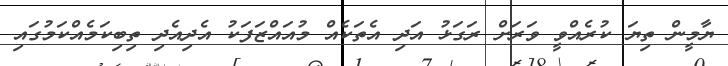
ޔާމީން ތިޔަ ކުރެއްވީ ވަރަށް ރަގަޅު އަދި އެތަކެއް މުއައްޒަފަކު އެދިއެދި ތިބިކަމެއްކަމުގައި